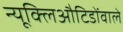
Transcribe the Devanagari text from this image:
न्यूक्लिऔटिडोंवाले